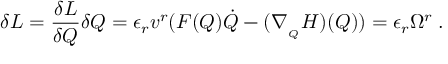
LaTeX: \delta L = \frac { \delta L } { \delta Q } \delta Q = \epsilon _ { r } v ^ { r } ( F ( Q ) \dot { Q } - ( \nabla _ { _ Q } H ) ( Q ) ) = \epsilon _ { r } \Omega ^ { r } \; .